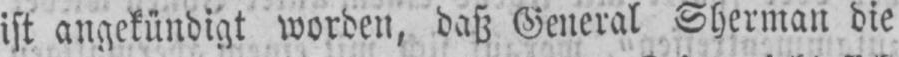
ist angekündigt worden, daß General Sherman die